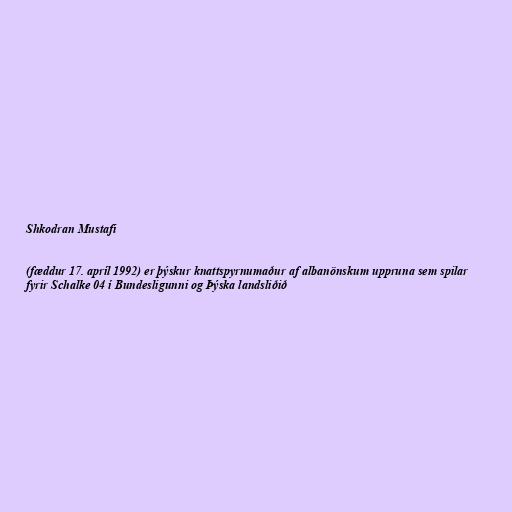
Shkodran Mustafi

(fæddur 17. apríl 1992) er þýskur knattspyrnumaður af albanönskum uppruna sem spilar
fyrir Schalke 04 í Bundesligunni og Þýska landsliðið